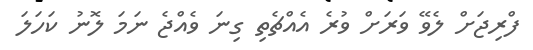
ފްރިޖަށް ލެވޭ ވަރަށް ވުރެ އެއްޗެތި ގިނަ ވެއްޖެ ނަމަ ލޮނު ކަހަލަ